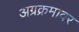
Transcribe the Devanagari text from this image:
अग्रक्रमावर